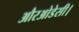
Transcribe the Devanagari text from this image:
औरओडेसी।